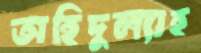
অহিদুল্যাহ